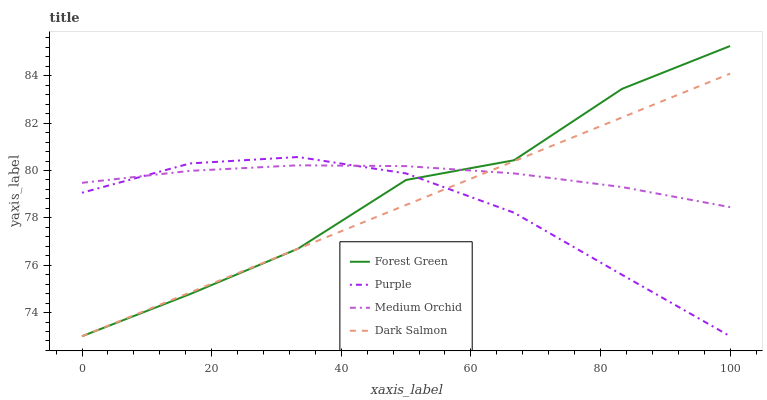
| xaxis_label | Forest Green | Purple | Medium Orchid | Dark Salmon |
 | --- | --- | --- | --- | --- |
 | 0 | 73 | 79.1 | 79.5 | 73 |
 | 16.7 | 74.8 | 80.3 | 80 | 74.8 |
 | 33.3 | 76.7 | 80.6 | 80.2 | 76.7 |
 | 50 | 79.6 | 79.9 | 80.2 | 78.5 |
 | 66.7 | 80.4 | 78.2 | 79.9 | 80.4 |
 | 83.3 | 83.4 | 75.6 | 79.3 | 82.2 |
 | 100 | 85.3 | 73 | 78.5 | 84.1 |